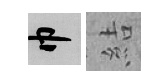
巾結